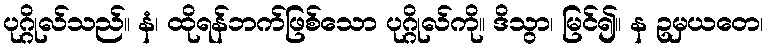
ပုဂ္ဂိုလ်သည်။ နံ၊ ထိုရန်ဘက်ဖြစ်သော ပုဂ္ဂိုလ်ကို။ ဒိသွာ၊ မြင်၍။ န ဥမှယတေ၊